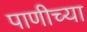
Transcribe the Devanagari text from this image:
पाणीच्या